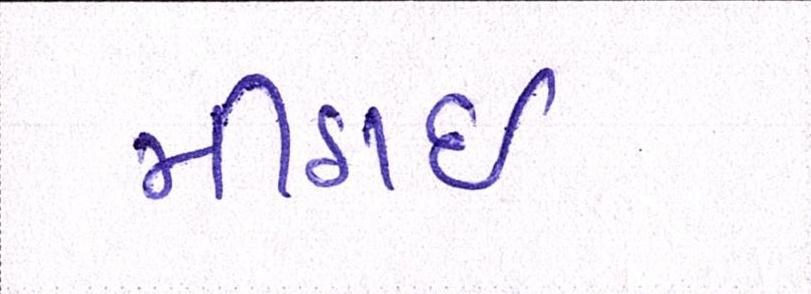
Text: મીઠાઈ